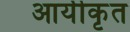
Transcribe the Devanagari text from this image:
आर्यीकृत